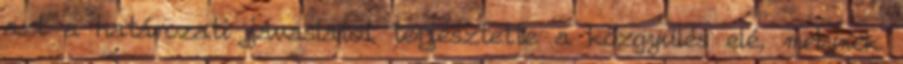
azt a határozati javaslatot terjesztette a közgyűlés elé, melynek